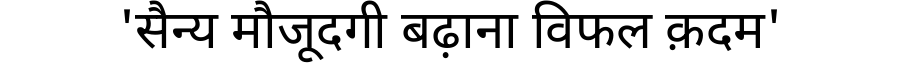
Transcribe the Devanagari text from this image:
'सैन्य मौजूदगी बढ़ाना विफल क़दम'